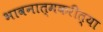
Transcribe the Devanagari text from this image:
भावनात्मकरीत्या